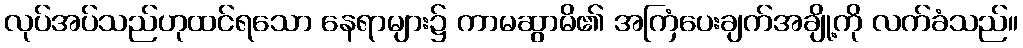
လုပ်အပ်သည်ဟုထင်ရသော နေရာများ၌ ကာမဆွာမိ၏ အကြံပေးချက်အချို့ကို လက်ခံသည်။